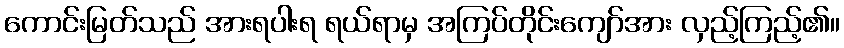
ကောင်းမြတ်သည် အားရပါးရ ရယ်ရာမှ အကြပ်တိုင်းကျော်အား လှည့်ကြည့်၏။